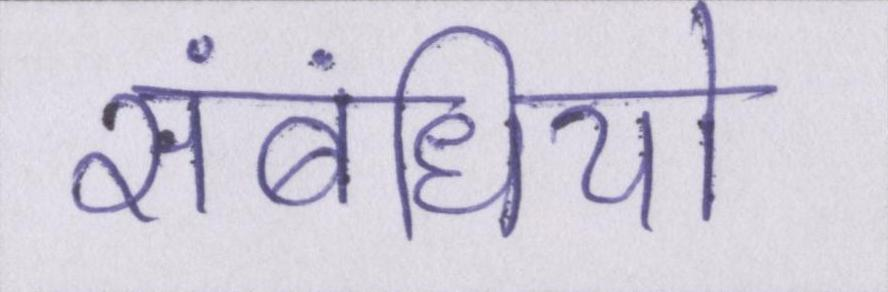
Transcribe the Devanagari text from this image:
संबंधियो